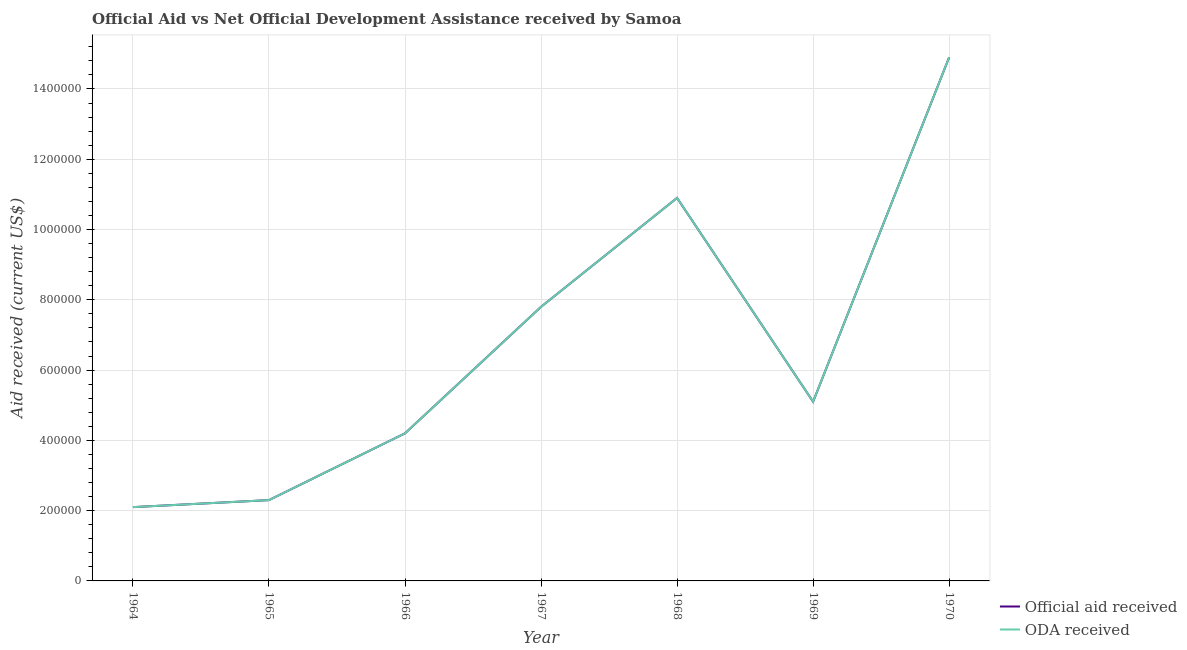
| Year | Official aid received | ODA received |
 | --- | --- | --- |
 | 1964 | 2.1e+05 | 2.1e+05 |
 | 1965 | 2.3e+05 | 2.3e+05 |
 | 1966 | 4.2e+05 | 4.2e+05 |
 | 1967 | 7.8e+05 | 7.8e+05 |
 | 1968 | 1.09e+06 | 1.09e+06 |
 | 1969 | 5.1e+05 | 5.1e+05 |
 | 1970 | 1.49e+06 | 1.49e+06 |